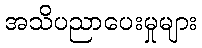
အသိပညာပေးမှုများ